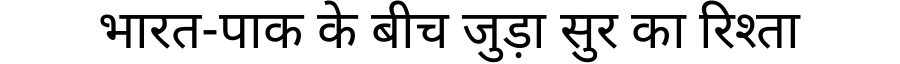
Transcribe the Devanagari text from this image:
भारत-पाक के बीच जुड़ा सुर का रिश्ता